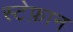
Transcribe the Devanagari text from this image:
स्टेफ़ान